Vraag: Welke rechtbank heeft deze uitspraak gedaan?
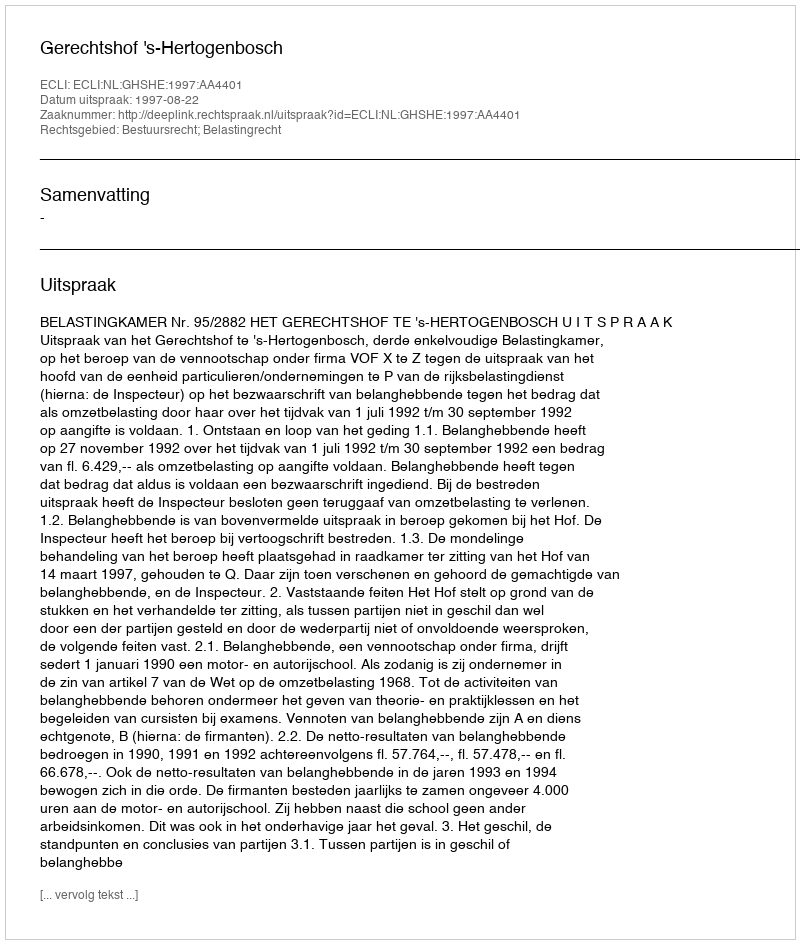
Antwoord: Gerechtshof 's-Hertogenbosch